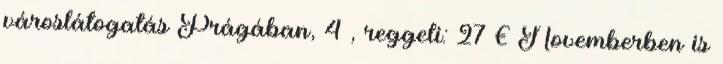
városlátogatás Prágában, 4 , reggeli: 27 € Novemberben is